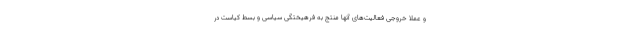
و عملا خروجی فعالیت‌های آنها منتج به فرهیختگی سیاسی و بسطِ کیاست در